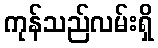
ကုန်သည်လမ်းရှိ